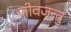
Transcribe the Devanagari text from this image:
जीवजन्तु